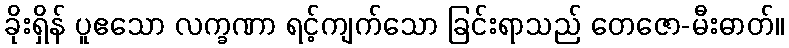
ခိုးရှိန် ပူဧသော လက္ခဏာ ရင့်ကျက်သော ခြင်းရာသည် တေဇော-မီးဓာတ်။